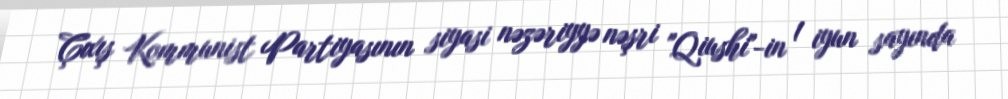
Çıxış Kommunist Partiyasının siyasi nəzəriyyə nəşri "Qiushi"-in 1 iyun sayında